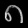
Digit: ၈